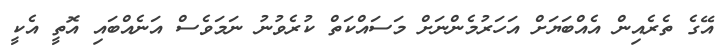
އޭގެ ތެރެއިން އެއްބަޔަށް އަހަރުމެންނަށް މަސައްކަތް ކުރެވުނު ނަމަވެސް އަނެއްބައި އޮތީ އެކީ